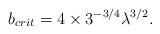
LaTeX: \begin{align*}b_{crit}=4\times 3^{-3/4}\lambda ^{3/2}. \end{align*}